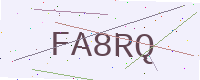
Text: FA8RQ